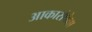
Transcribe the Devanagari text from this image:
आकारांपेक्षा